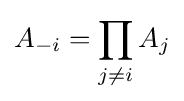
A_{-i}=\prod _{j\neq i}A_{j}